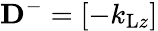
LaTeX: \mathbf{D}^{-}=\left[\begin{array}{l}{-k_{\mathrm{L}z}}\end{array}\right]